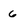
Character: 6